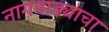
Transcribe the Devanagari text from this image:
नागपाड्याचा